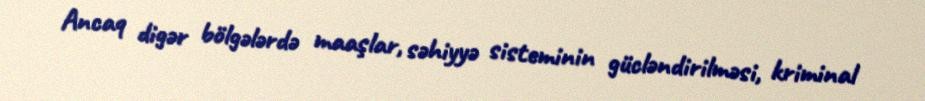
Ancaq digər bölgələrdə maaşlar, səhiyyə sisteminin gücləndirilməsi, kriminal